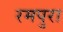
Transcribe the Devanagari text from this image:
रमपुरा